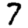
Digit: 7